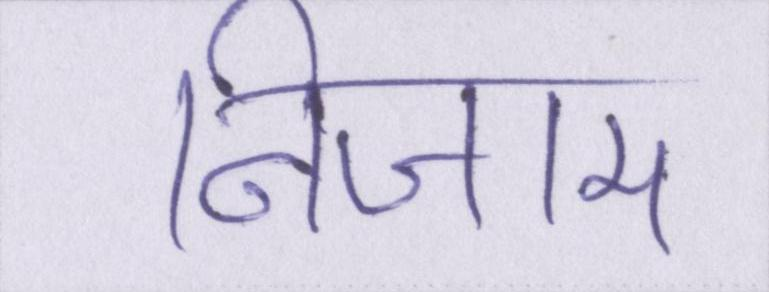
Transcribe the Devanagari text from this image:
निजाम